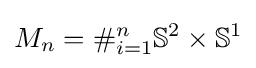
M_{n}=\#_{i=1}^{n}\mathbb {S} ^{2}\times \mathbb {S} ^{1}